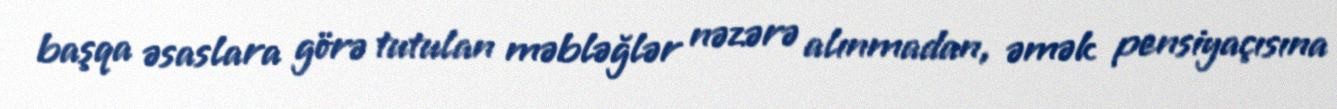
başqa əsaslara görə tutulan məbləğlər nəzərə alınmadan, əmək pensiyaçısına